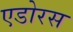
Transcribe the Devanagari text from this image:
एडोरस